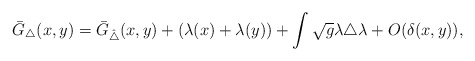
\begin{align*}\bar{G}_{\triangle}(x,y)=\bar{G}_{\hat\triangle}(x,y)+(\lambda(x)+\lambda(y))+ \int\sqrt{g}\lambda {\triangle} \lambda+O(\delta(x,y)),\end{align*}